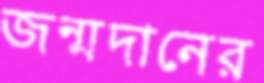
জন্মদানের